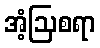
အံ့ဩစရာ